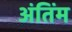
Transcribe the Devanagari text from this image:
अंतिंम